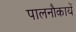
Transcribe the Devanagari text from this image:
पालनौकायें